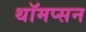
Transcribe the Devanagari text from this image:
थॉमप्सन